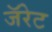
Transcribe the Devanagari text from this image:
जॅरेट